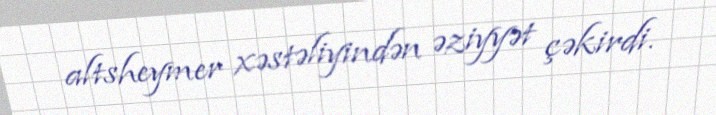
altsheymer xəstəliyindən əziyyət çəkirdi.